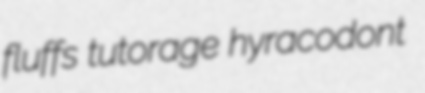
fluffs tutorage hyracodont